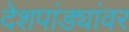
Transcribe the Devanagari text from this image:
देशपांड्यांवर